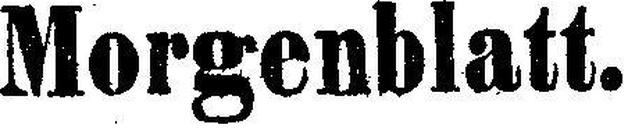
Morgenblatt.